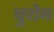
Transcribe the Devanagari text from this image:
युरोम